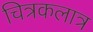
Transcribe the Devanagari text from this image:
चित्रकलात्र